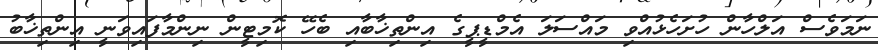
ނަމަވެސް އަލްހާން ހުށަހެޅުއްވި މައްސަލަ އެމްޑީޕީގެ އިންތިޚާބާއި ބެހޭ ކޮމިޓީން ނިންމާފައިވަނީ އިންތިޚާބު